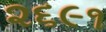
૨૬૯૧